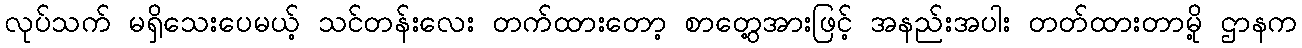
လုပ်သက် မရှိသေးပေမယ့် သင်တန်းလေး တက်ထားတော့ စာတွေ့အားဖြင့် အနည်းအပါး တတ်ထားတာမို့ ဌာနက